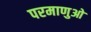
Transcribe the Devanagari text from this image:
परमाणुओ